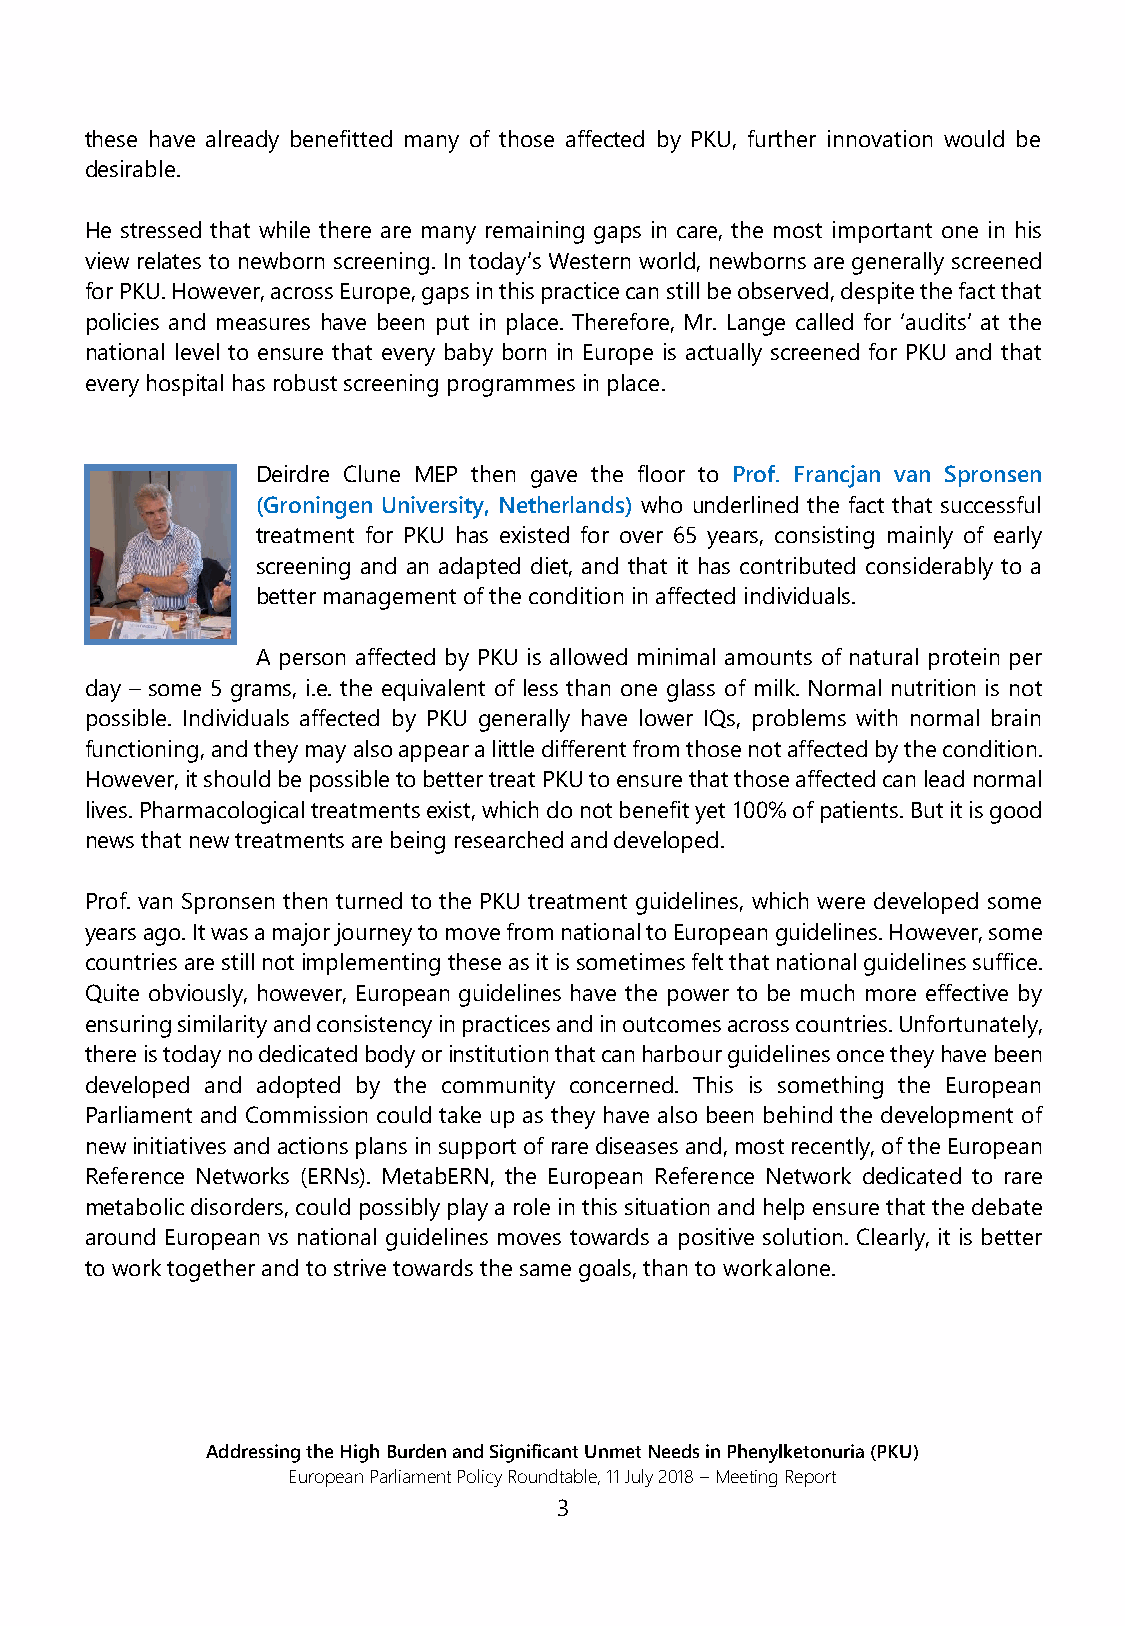
these have already benefitted many of those affected by PKU, further innovation would be
 desirable.
 He stressed that while there are many remaining gaps in care, the most important one in his
 view relates to newborn screening. In today’s Western world, newborns are generally screened
 for PKU. However, across Europe, gaps in this practice can still be observed, despite the fact that
 policies and measures have been put in place. Therefore, Mr. Lange called for ‘audits’ at the
 national level to ensure that every baby born in Europe is actually screened for PKU and that
 every hospital has robust screening programmes in place.
 Deirdre Clune MEP then gave the floor to Prof. Francjan van Spronsen
 (Groningen University, Netherlands) who underlined the fact that successful
 treatment for PKU has existed for over 65 years, consisting mainly of early
 screening and an adapted diet, and that it has contributed considerably to a
 better management of the condition in affected individuals.
 A person affected by PKU is allowed minimal amounts of natural protein per
 day – some 5 grams, i.e. the equivalent of less than one glass of milk. Normal nutrition is not
 possible. Individuals affected by PKU generally have lower IQs, problems with normal brain
 functioning, and they may also appear a little different from those not affected by the condition.
 However, it should be possible to better treat PKU to ensure that those affected can lead normal
 lives. Pharmacological treatments exist, which do not benefit yet 100% of patients. But it is good
 news that new treatments are being researched and developed.
 Prof. van Spronsen then turned to the PKU treatment guidelines, which were developed some
 years ago. It was a major journey to move from national to European guidelines. However, some
 countries are still not implementing these as it is sometimes felt that national guidelines suffice.
 Quite obviously, however, European guidelines have the power to be much more effective by
 ensuring similarity and consistency in practices and in outcomes across countries. Unfortunately,
 there is today no dedicated body or institution that can harbour guidelines once they have been
 developed and adopted by the community concerned. This is something the European
 Parliament and Commission could take up as they have also been behind the development of
 new initiatives and actions plans in support of rare diseases and, most recently, of the European
 Reference Networks (ERNs). MetabERN, the European Reference Network dedicated to rare
 metabolic disorders, could possibly play a role in this situation and help ensure that the debate
 around European vs national guidelines moves towards a positive solution. Clearly, it is better
 to work together and to strive towards the same goals, than to work alone.
 Addressing the High Burden and Significant Unmet Needs in Phenylketonuria (PKU)
 European Parliament Policy Roundtable, 11 July 2018 – Meeting Report
 3